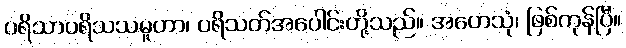
ပရိသာပရိသသမူဟာ၊ ပရိသတ်အပေါင်းတို့သည်။ အဟေသုံ၊ ဖြစ်ကုန်ပြီ။